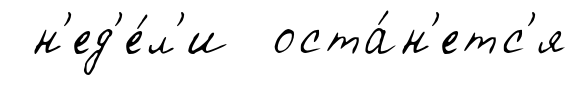
н'ед'е́л'и оста́н'етс'я